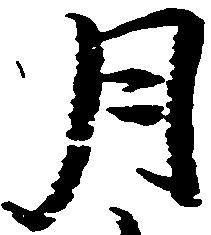
月